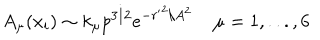
A _ { \mu } ( x _ { i } ) \sim k _ { \mu } p ^ { 3 / 2 } e ^ { - { r ^ { \prime } } ^ { 2 } / A ^ { 2 } } \; \mu = 1 , . . . , 6